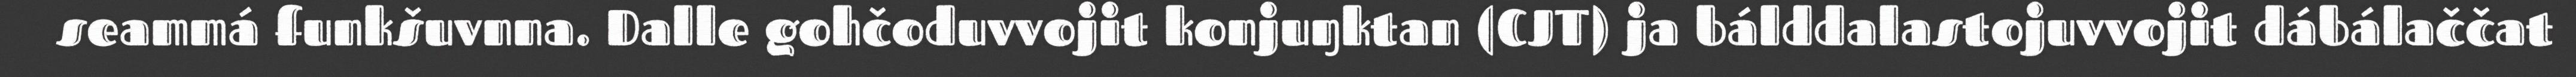
seammá funkšuvnna. Dalle gohčoduvvojit konjuŋktan (CJT) ja bálddalastojuvvojit dábálaččat